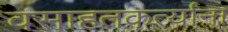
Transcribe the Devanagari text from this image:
वसाहतकर्त्यांना